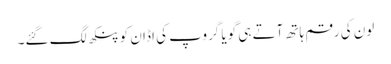
لون کی رقم ہاتھ آتے ہی گویا گروپ کی اڈان کو پنکھ لگ گئے۔